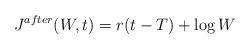
LaTeX: \begin{align*}J^{after}(W,t)=r(t-T)+\log W\end{align*}